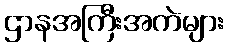
ဌာနအကြီးအကဲများ